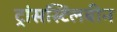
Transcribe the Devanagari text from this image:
ट्रांसस्टिलबीन